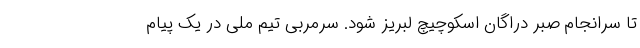
تا سرانجام صبر دراگان اسکوچیچ لبریز شود. سرمربی تیم ملی در یک پیام